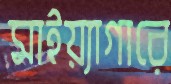
মাইয়্যাগারে